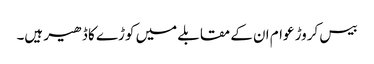
بیس کروڑ عوام ان کے مقابلے میں کوڑے کا ڈھیر ہیں۔